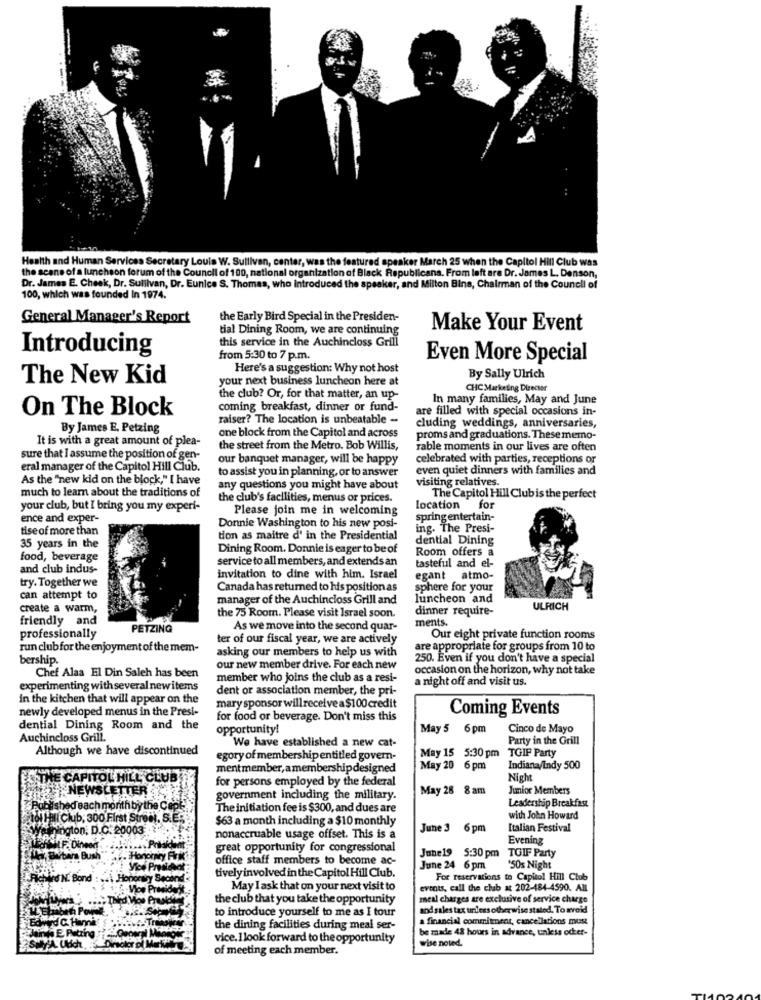
Health and Human Services Secretary Louis W. Sullivan, center, was the featured speaker March 25 when the Capitol Hill Club was
the seane of a luncheon forum of the Council of 100, national organization of Black Republicans. From left ara Dr. James L. Denson,
Dr. James E. Cheek, Dr. Sulilvan, Dr. Eunice S. Thomas, who Introduced the speaker, and Milton Bins, Chairman of the Council of
100, which was founded In 1974.
General Manager's Report
the Early Bird Special in the Presiden-
tial Dining Room, we are continuing
Make Your Event
this service in the Auchincloss Grill
Introducing
from 5:30 to 7 p.m.
Even More Special
Here's a suggestion: Why not host
The New Kid
your next business luncheon here at
By Sally Ulrich
CHC Marketing Director
the club? Or, for that matter, an up-
In many families, May and June
On The Block
coming breakfast, dinner or fund-
are filled with special occasions in-
raiser? The location is unbeatable -
By James E. Petzing
one block from the Capitol and across
cluding weddings, anniversaries,
It is with a great amount of plea-
proms and graduations. These memo-
the street from the Metro. Bob Willis,
rable moments in our lives are often
sure that I assume the position of gen-
our banquet manager, will be happy
celebrated with parties, receptions or
eral manager of the Capitol Hill Club.
even quiet dinners with families and
As the "new kid on the block," I have
to assist you in planning, or to answer
visiting relatives.
much to learn about the traditions of
any questions you might have about
the club's facilities, menus or prices.
The Capitol Hill Club is the perfect
your club, but I bring you my experi-
Please join me in welcoming
location for
ence and exper-
springentertain-
tise of more than
Donnie Washington to his new posi-
ing. The Presi-
tion as maitre d' in the Presidential
dential Dining
35 years in the
Dining Room. Donnie is eager to be of
Room offers a
food, beverage
service to all members, and extends an
and club indus-
tasteful and el-
try. Together we
invitation to dine with him. Israel
egant atmo-
Canada has returned to his position as
sphere for your
can attempt to
manager of the Auchincloss Grill and
luncheon and
create a warm,
dinner require-
ULRICH
friendly and
the 75 Room. Please visit Israel soon.
ments.
PETZING
As we move into the second quar-
professionally
ter of our fiscal year, we are actively
Our eight private function rooms
run clubfor the enjoyment of the mem-
asking our members to help us with
are appropriate for groups from 10 to
bership.
250. Even if you don't have a special
our new member drive. For each new
occasion on the horizon, why not take
Chef Alaa El Din Saleh has been
member who joins the club as a resi-
a night off and visit us.
experimenting with several newitems
dent or association member, the pri-
in the kitchen that will appear on the
mary sponsor willreceive a $100credit
newly developed menus in the Presi-
Coming Events
for food or beverage. Don't miss this
dential Dining Room and the
opportunity!
May 5 6pm
Cinco de Mayo
Auchincloss Grill.
Party in the Grill
Although we have discontinued
We have established a new cat-
May 15 5:30pm TGIF Party
egory of membership entitled govern-
mentmember, amembershipdesigned
May 20 6 pm
Indiana/Indy 500
THE CAPITOL HILL CLUB
for persons employed by the federal
Night
NEWSLETTER
May 28 8 am
Junior Members
government including the military.
Leadership Breakfast
Published each month by the C
The initiation fee is $300, and dues are
101 Hill Club, 300 First Street, S.E .,
$63 a month including a $10 monthly
with John Howard
thington, D.C. 20003
June 3 6 pm
Italian Festival
nonaccruable usage offset. This is a
Evening
SIF. Dineed
great opportunity for congressional
Ha, Barbara Bush
office staff members to become ac-
June19 5:30 pm TGIF Party
tively involved in the Capitol Hill Club.
June 24 6 pm
'50s Night
RichWird N. Bond :
For reservations to Capitol Hill Club
May I ask that on your next visit to
events, call the club at 202-484-4590. All
the club that you take the opportunity
meal charges are exclusive of service charge
and sales tax unless otherwise stated. To avoid
Wird C. Hanni
to introduce yourself to me as I tour
a financial commitment, cancellations must
tina E Patting
the dining facilities during meal ser-
be made 48 hours in advance, unless oder-
vice. I look forward to the opportunity
wise noted.
of meeting each member.